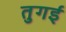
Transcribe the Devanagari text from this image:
तुगई